Vaccine operations Central Provinces & Berar 1922-1929 - 1922-1929
Year: 1922
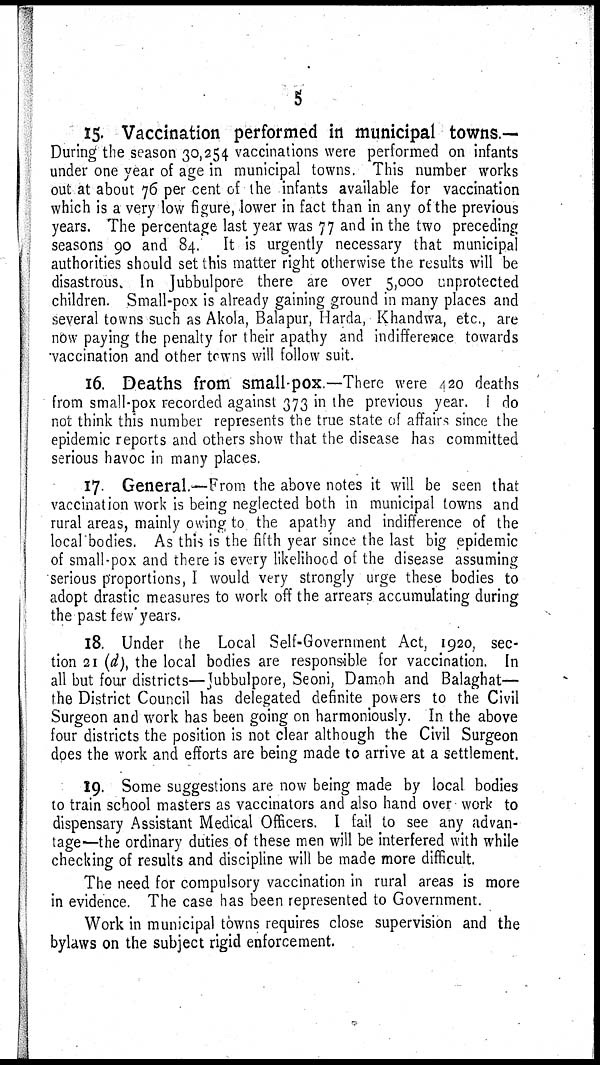
5
15 Vaccination performed in municipal towns.—
During the season 30,254 vaccinations were performed on infants
under one year of age in municipal towns. This number works
out at about 76 per cent of the infants available for vaccination
which is a very low figure, lower in fact than in any of the previous
years. The percentage last year was 77 and in the two preceding
seasons 90 and 84. It is urgently necessary that municipal
authorities should set this matter right otherwise the results will be
disastrous. In Jubbulpore there are over 5,000 unprotected
children. Small-pox is already gaining ground in many places and
several towns such as Akola, Balapur, Harda, Khandwa, etc., are
now paying the penalty for their apathy and indifference towards
vaccination and other towns will follow suit.
16. Deaths from small-pox.—There were 420 deaths
from small-pox recorded against 373 in the previous year. I do
not think this number represents the true state of affairs since the
epidemic reports and others show that the disease has committed
serious havoc in many places.
17. General.—From the above notes it will be seen that
vaccination work is being neglected both in municipal towns and
rural areas, mainly owing to the apathy and indifference of the
local bodies. As this is the fifth year since the last big epidemic
of small-pox and there is every likelihood of the disease assuming
serious proportions, I would very strongly urge these bodies to
adopt drastic measures to work off the arrears accumulating during
the past few years.
18. Under the Local Self-Government Act, 1920, sec-
tion 21 (d), the local bodies are responsible for vaccination. In
all but four districts—Jubbulpore, Seoni, Damoh and Balaghat—
the District Council has delegated definite powers to the Civil
Surgeon and work has been going on harmoniously. In the above
four districts the position is not clear although the Civil Surgeon
does the work and efforts are being made to arrive at a settlement.
19. Some suggestions are now being made by local bodies
to train school masters as vaccinators and also hand over work to
dispensary Assistant Medical Officers. I fail to see any advan-
tage—the ordinary duties of these men will be interfered with while
checking of results and discipline will be made more difficult.
The need for compulsory vaccination in rural areas is more
in evidence. The case has been represented to Government.
Work in municipal towns requires close supervision and the
bylaws on the subject rigid enforcement.